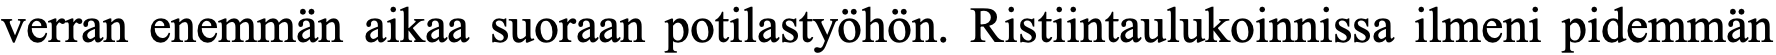
verran enemmän aikaa suoraan potilastyöhön. Ristiintaulukoinnissa ilmeni pidemmän